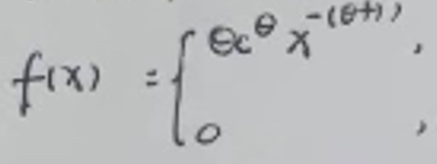
\[
f(x)=\begin{cases}
\theta c^{\theta}x^{-(\theta + 1)},\\
0,
\end{cases}
\]